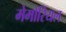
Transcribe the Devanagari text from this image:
मेमोरियल